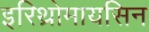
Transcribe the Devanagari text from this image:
इरिथ्रोमायसिन